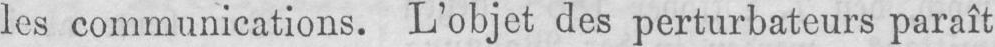
les communications. L’objet des perturbateurs paraît